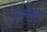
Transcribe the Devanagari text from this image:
लक्ष्मीकृपा